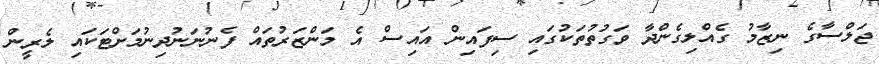
ޖަލްސާގެ ނިޒާމު ގެއްލިގެންދާ ވަގުތުތަކުގައި ސިފައިން އައިސް އެ މަންޒަރުތައް ފެނުނަނުދިނުމަށްޓަކައި ލެރީން